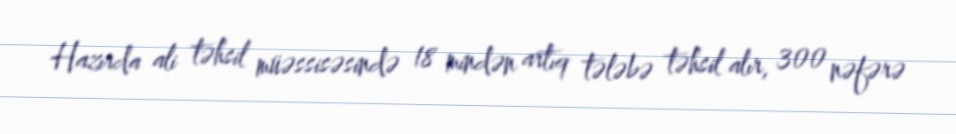
Hazırda ali təhsil müəssisəsində 18 mindən artıq tələbə təhsil alır, 300 nəfərə